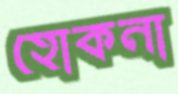
হোকনা